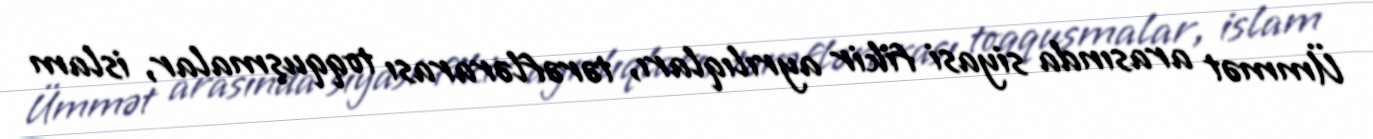
Ümmət arasında siyasi fikir ayrılıqları, tərəflərarası toqquşmalar, islam